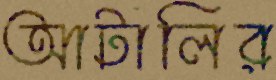
আটালির